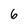
Character: 6